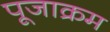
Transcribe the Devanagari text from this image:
पूजाक्रम